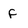
Character: F